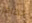
اتظاهر